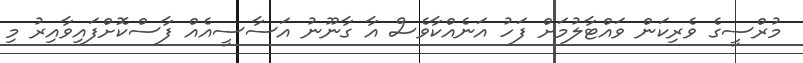
މުރްސީގެ ވެރިކަން ވައްޓާލުމަށް ފަހު އަނެއްކާވެސް އާ ގާނޫނު އަސާސީއެއް ފާސްކޮށްފައިވާއިރު މި